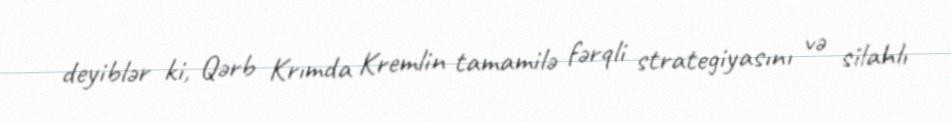
deyiblər ki, Qərb Krımda Kremlin tamamilə fərqli strategiyasını və silahlı